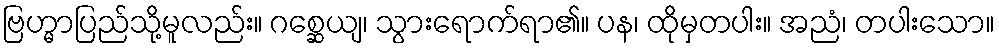
ဗြဟ္မာပြည်သို့မူလည်း။ ဂစ္ဆေယျ၊ သွားရောက်ရာ၏။ ပန၊ ထိုမှတပါး။ အညံ၊ တပါးသော။